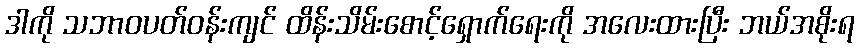
ဒါကို သဘာဝပတ်ဝန်းကျင် ထိန်းသိမ်းစောင့်ရှောက်ရေးကို အလေးထားပြီး ဘယ်အစိုးရ